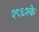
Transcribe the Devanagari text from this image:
१९६१के